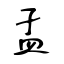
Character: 孟